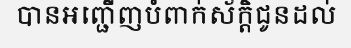
បានអញ្ជើញបំពាក់ស័ក្តិជូនដល់